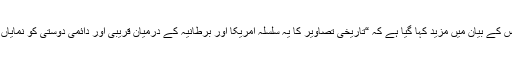
وہائٹ ہاؤس کے بیان میں مزید کہا گیا ہے کہ “تاریخی تصاویر کا یہ سلسلہ امریکا اور برطانیہ کے درمیان قریبی اور دائمی دوستی کو نمایاں کرتا ہے”۔